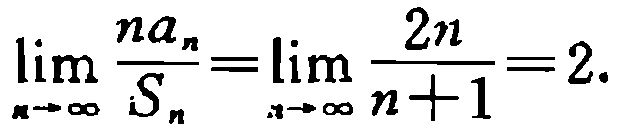
\(\lim_{n \to \infty} \frac{na_{n}}{S_{n}}=\lim_{n \to \infty} \frac{2n}{n + 1}=2.\)